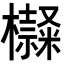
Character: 𣟍